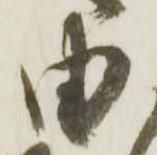
由